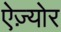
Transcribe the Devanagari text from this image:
ऐज़्योर